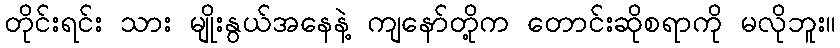
တိုင်းရင်း သား မျိုးနွယ်အနေနဲ့ ကျနော်တို့က တောင်းဆိုစရာကို မလိုဘူး။